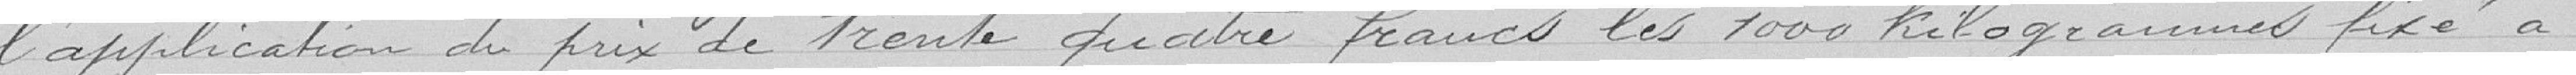
l'application du prix de trente quatre francs les 1 000 kilogrammes fixé à